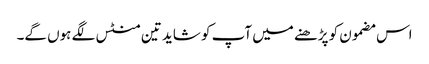
اس مضمون کو پڑھنے میں آپ کو شاید تین منٹس لگے ہوں گے۔